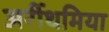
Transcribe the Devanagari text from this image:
अर्रीथमिया